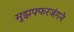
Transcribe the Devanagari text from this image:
मुझफ्फरजंगने